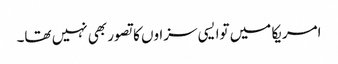
امریکا میں توا یسی سزاوں کا تصور بھی نہیں تھا۔